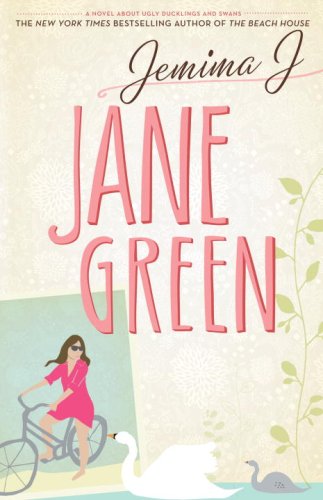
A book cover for Jemima J: A Novel About Ugly Ducklings and Swans; Jane Green; Literature & Fiction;